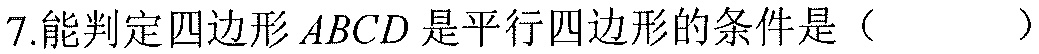
7.能判定四边形\(ABCD\)是平行四边形的条件是（  ）